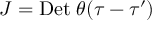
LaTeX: J = \mathrm { D e t } \; \theta ( \tau - \tau ^ { \prime } )